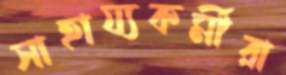
সাহায্যকর্মীরা